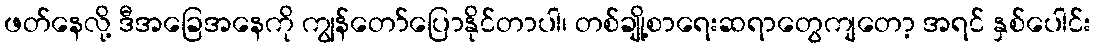
ဖတ်နေလို့ ဒီအခြေအနေကို ကျွန်တော်ပြောနိုင်တာပါ၊ တစ်ချို့စာရေးဆရာတွေကျတော့ အရင် နှစ်ပေါင်း